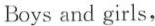
Boys and girls，